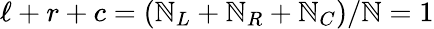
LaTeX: \ell+r+c=(\mathbb{N}_{L}+\mathbb{N}_{R}+\mathbb{N}_{C})/\mathbb{N}=1